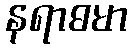
နရာဓမာ